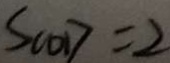
S _ { C O D } = 2